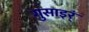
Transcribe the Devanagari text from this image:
गुसाइर्ं